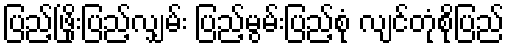
ပြည့်ဖြိုးပြည့်လျှမ်း ပြည့်မွမ်းပြည့်စုံ လျင်တုံစိုပြည်